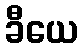
ခီယေ